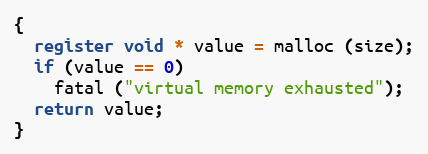
Language: C
{
  register void * value = malloc (size);
  if (value == 0)
    fatal ("virtual memory exhausted");
  return value;
}